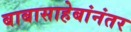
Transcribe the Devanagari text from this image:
बाबासाहेबांनंतर